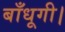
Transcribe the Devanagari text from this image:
बाँधूगी।